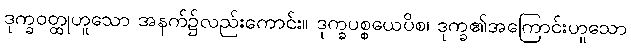
ဒုက္ခဝတ္ထုဟူသော အနက်၌လည်းကောင်း။ ဒုက္ခပစ္စယေပိစ၊ ဒုက္ခ၏အကြောင်းဟူသော